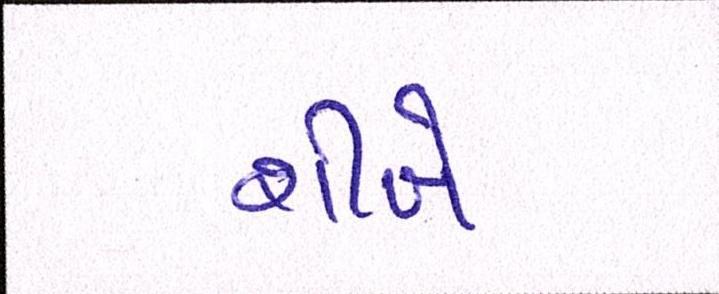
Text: શીખે